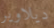
ديلاوير